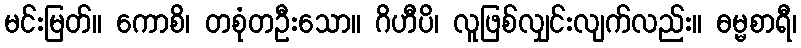
မင်းမြတ်။ ကောစိ၊ တစုံတဦးသော။ ဂိဟီပိ၊ လူဖြစ်လျှင်းလျက်လည်း။ ဓမ္မစာရီ၊